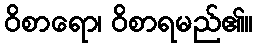
ဝိစာရော၊ ဝိစာရမည်၏။